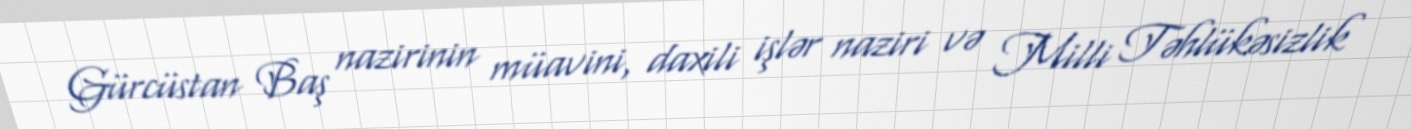
Gürcüstan Baş nazirinin müavini, daxili işlər naziri və Milli Təhlükəsizlik